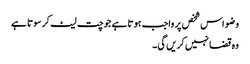
وضو اس شخص پر واجب ہوتا ہے جو چت لیٹ کر سوتا ہے
وہ قضا نہیں کریں گی۔